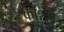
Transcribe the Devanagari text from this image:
कश्शि